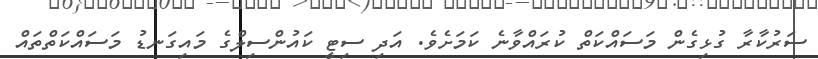
ސަރުކާރާ ގުޅިގެން މަސައްކަތް ކުރައްވާނެ ކަމަށެވެ. އަދި ސިޓީ ކައުންސިލްގެ މައިގަނޑު މަސައްކަތްތައް